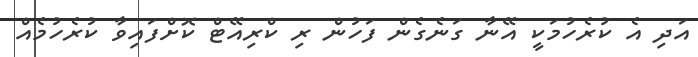
އަދި އެ ކުރެހުމަކީ އޭނާ ގަނެގެން ފަހުން ރި ކްރިއޭޓް ކޮށްފައިވާ ކުރެހުމެއް